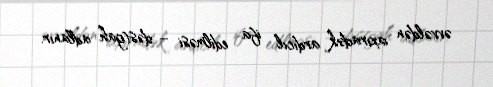
əvvəldən axıradək ardıcıl ifa edilməsi – dəstgah adlanır.